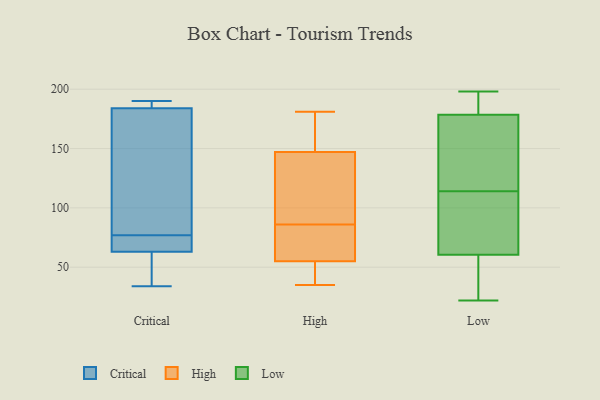
{"axis": {"x": "Humidity (%)", "y": "Value"}, "legend": ["Critical", "High", "Low"], "data": [{"x": "", "y": 117, "type": "Critical"}, {"x": "", "y": 70, "type": "Critical"}, {"x": "", "y": 184, "type": "Critical"}, {"x": "", "y": 184, "type": "Critical"}, {"x": "", "y": 84, "type": "Critical"}, {"x": "", "y": 63, "type": "Critical"}, {"x": "", "y": 64, "type": "Critical"}, {"x": "", "y": 34, "type": "Critical"}, {"x": "", "y": 190, "type": "Critical"}, {"x": "", "y": 39, "type": "Critical"}, {"x": "", "y": 130, "type": "High"}, {"x": "", "y": 74, "type": "High"}, {"x": "", "y": 51, "type": "High"}, {"x": "", "y": 147, "type": "High"}, {"x": "", "y": 165, "type": "High"}, {"x": "", "y": 155, "type": "High"}, {"x": "", "y": 55, "type": "High"}, {"x": "", "y": 95, "type": "High"}, {"x": "", "y": 59, "type": "High"}, {"x": "", "y": 52, "type": "High"}, {"x": "", "y": 73, "type": "High"}, {"x": "", "y": 118, "type": "High"}, {"x": "", "y": 35, "type": "High"}, {"x": "", "y": 80, "type": "High"}, {"x": "", "y": 181, "type": "High"}, {"x": "", "y": 169, "type": "High"}, {"x": "", "y": 92, "type": "High"}, {"x": "", "y": 40, "type": "High"}, {"x": "", "y": 176, "type": "Low"}, {"x": "", "y": 50, "type": "Low"}, {"x": "", "y": 22, "type": "Low"}, {"x": "", "y": 27, "type": "Low"}, {"x": "", "y": 64, "type": "Low"}, {"x": "", "y": 186, "type": "Low"}, {"x": "", "y": 101, "type": "Low"}, {"x": "", "y": 93, "type": "Low"}, {"x": "", "y": 149, "type": "Low"}, {"x": "", "y": 140, "type": "Low"}, {"x": "", "y": 198, "type": "Low"}, {"x": "", "y": 196, "type": "Low"}, {"x": "", "y": 114, "type": "Low"}]}